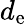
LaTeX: d_{\mathrm{e}}